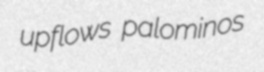
upflows palominos